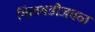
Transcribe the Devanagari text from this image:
भिलवडीजवळ